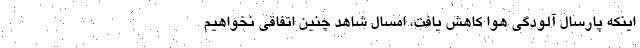
اینکه پارسال آلودگی هوا کاهش یافت، امسال شاهد چنین اتفاقی نخواهیم